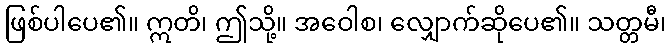
ဖြစ်ပါပေ၏။ ဣတိ၊ ဤသို့။ အဝေါစ၊ လျှောက်ဆိုပေ၏။ သတ္တမီ၊